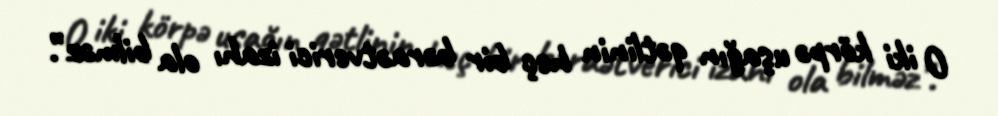
O iki körpə uşağın qətlinin heç bir bəraətverici izahı ola bilməz”.